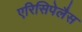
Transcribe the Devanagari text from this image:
एरिसिपेलैस